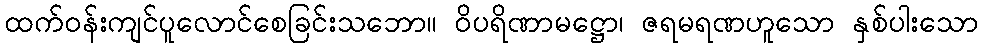
ထက်ဝန်းကျင်ပူလောင်စေခြင်းသဘော။ ဝိပရိဏာမဋ္ဌော၊ ဇရမရဏဟူသော နှစ်ပါးသော